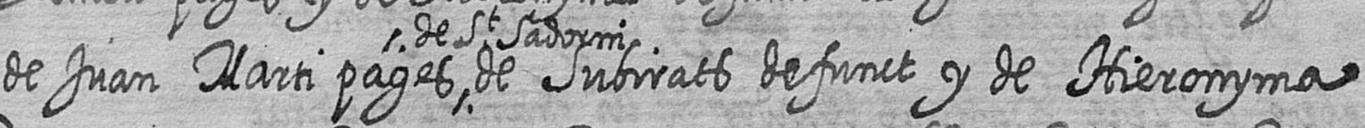
de Juan Marti pages de St Sadorni de Subirats defunct y de Hieronyma